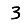
Digit: 3